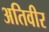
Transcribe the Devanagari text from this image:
अतिवीर